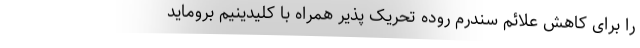
را برای کاهش علائم سندرم روده تحریک پذیر همراه با کلیدینیم بروماید